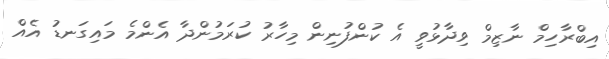
އިބްރާހިމް ނާޒިމް ވިދާޅުވީ އެ ކުންފުނިން މިހާރު ކުރަމުންދާ އެންމެ މައިގަނޑު އެއް